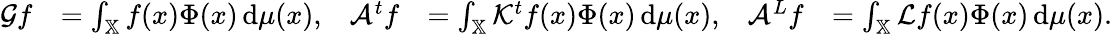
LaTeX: \begin{array}{rlrlrl}{\mathcal{G}f}&{=\int_{\mathbb{X}}f(x)\Phi(x)\, \mathrm{d}\mu(x),}&{\mathcal{A}^{t}f}&{=\int_{\mathbb{X}}\mathcal{K}^{t}f(x)\Phi(x)\, \mathrm{d}\mu(x),}&{\mathcal{A}^{L}f}&{=\int_{\mathbb{X}}\mathcal{L}f(x)\Phi(x)\, \mathrm{d}\mu(x).}\end{array}